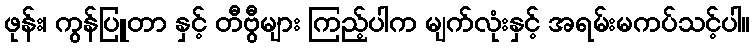
ဖုန်း၊ ကွန်ပြူတာ နှင့် တီဗွီများ ကြည့်ပါက မျက်လုံးနှင့် အရမ်းမကပ်သင့်ပါ။